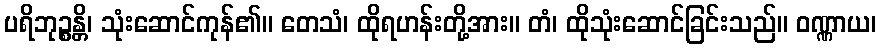
ပရိဘုဉ္စန္တိ၊ သုံးဆောင်ကုန်၏။ တေသံ၊ ထိုရဟန်းတို့အား။ တံ၊ ထိုသုံးဆောင်ခြင်းသည်။ ဝဏ္ဏာယ၊